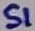
Text: S1